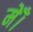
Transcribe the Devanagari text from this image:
मेँ।